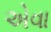
એવા